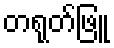
တရုတ်ဖြူ